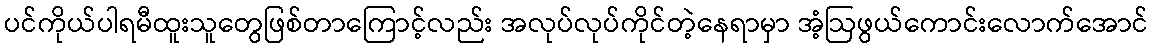
ပင်ကိုယ်ပါရမီထူးသူတွေဖြစ်တာကြောင့်လည်း အလုပ်လုပ်ကိုင်တဲ့နေရာမှာ အံ့ဩဖွယ်ကောင်းလောက်အောင်